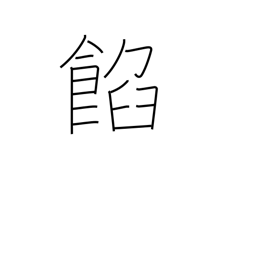
Meaning: bean jam